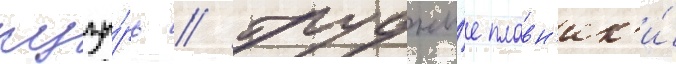
пузы́рь // Грудны́е плавн'ик'и́